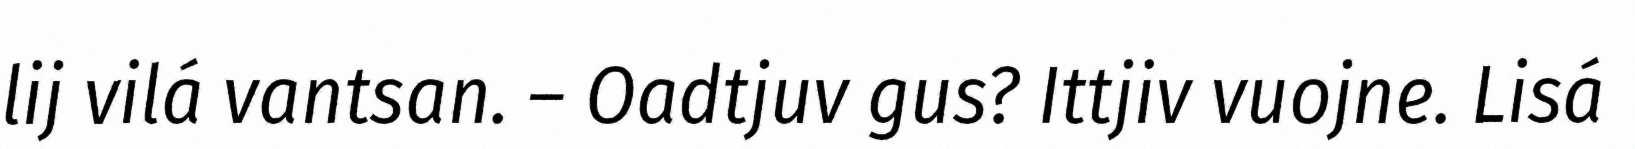
lij vilá vantsan. – Oadtjuv gus? Ittjiv vuojne. Lisá